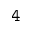
\mathtt { 4 }